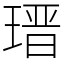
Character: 𤨁